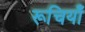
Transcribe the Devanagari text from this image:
रूचियाँ